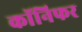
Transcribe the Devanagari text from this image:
कॉनिफर